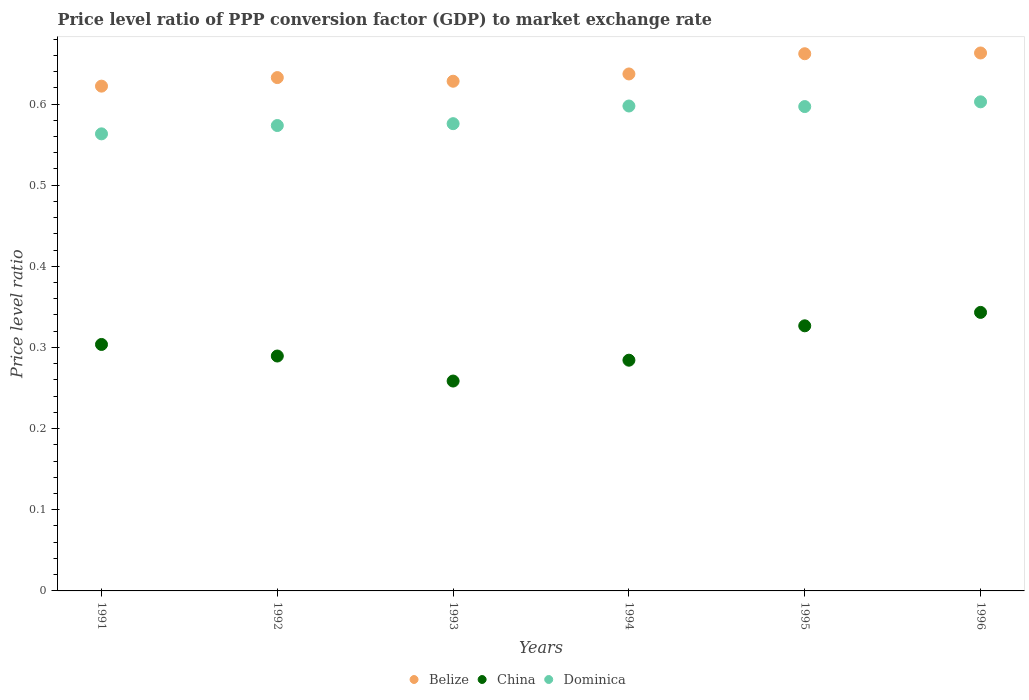
| Years | Belize | China | Dominica |
 | --- | --- | --- | --- |
 | 1991 | 0.622 | 0.304 | 0.563 |
 | 1992 | 0.633 | 0.289 | 0.573 |
 | 1993 | 0.628 | 0.259 | 0.576 |
 | 1994 | 0.637 | 0.284 | 0.598 |
 | 1995 | 0.662 | 0.327 | 0.597 |
 | 1996 | 0.663 | 0.343 | 0.603 |